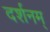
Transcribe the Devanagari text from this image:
दर्शनम्‌